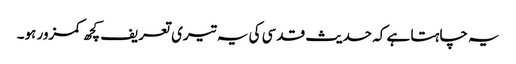
یہ چاہتا ہے کہ حدیث قدسی کی یہ تیری تعریف کچھ کمزور ہو۔